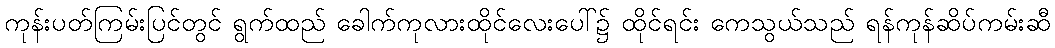
ကုန်းပတ်ကြမ်းပြင်တွင် ရွက်ထည် ခေါက်ကုလားထိုင်လေးပေါ်၌ ထိုင်ရင်း ကေသွယ်သည် ရန်ကုန်ဆိပ်ကမ်းဆီ